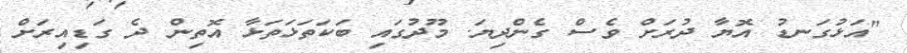
"އަޅުގަނޑު އޮޔާ ދުރަށް ވެސް ގެންދިޔަ. މޫދުގައި ބަކަތަޅަތަޅާ އޮތިން ދެ ގަޑިއިރަށް